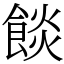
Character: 餤